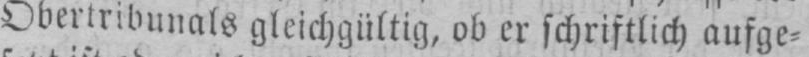
Obertribunals gleichgültig, ob er schriftlich aufge⸗